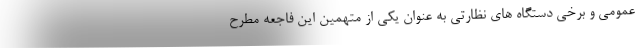
عمومی و برخی دستگاه های نظارتی به عنوان یکی از متهمین این فاجعه مطرح